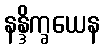
နန္ဒိက္ခယေန